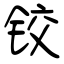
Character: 铰